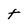
Character: t